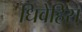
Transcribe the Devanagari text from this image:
धिवेहिस